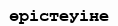
өрістеуіне